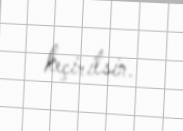
keçirilsin.